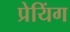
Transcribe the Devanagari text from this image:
प्रेयिंग